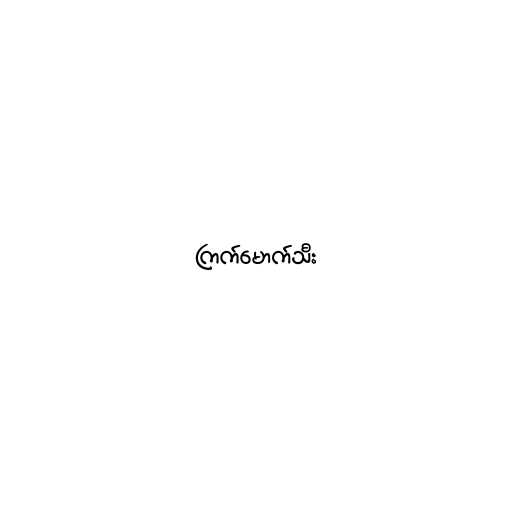
ကြက်မောက်သီး